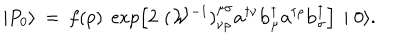
LaTeX: \mid { P } _ { 0 } \rangle \: = \: f ( p ) \; \exp \left[ 2 \, \, { ( { \cal W } ^ { - 1 } ) } _ { \nu \rho } ^ { \mu \sigma } { \mathbf a } ^ { \dagger \nu } { \mathbf b } _ { \mu } ^ { \dagger } { \mathbf a } ^ { \dagger \rho } { \mathbf b } _ { \sigma } ^ { \dagger } \right] \, \mid 0 \rangle .